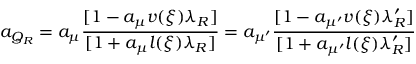
a _ { Q _ { R } } = a _ { \mu } \frac { [ 1 - a _ { \mu } v ( \xi ) \lambda _ { R } ] } { [ 1 + a _ { \mu } l ( \xi ) \lambda _ { R } ] } = a _ { \mu ^ { \prime } } \frac { [ 1 - a _ { \mu ^ { \prime } } v ( \xi ) \lambda _ { R } ^ { \prime } ] } { [ 1 + a _ { \mu ^ { \prime } } l ( \xi ) \lambda _ { R } ^ { \prime } ] }